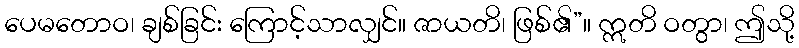
ပေမတောဝ၊ ချစ်ခြင်း ကြောင့်သာလျှင်။ ဇာယတိ၊ ဖြစ်၏”။ ဣတိ ဝတွာ၊ ဤသို့